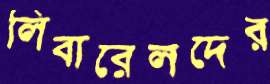
লিবারেলদের